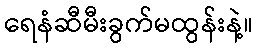
ရေနံဆီမီးခွက်မထွန်းနဲ့။